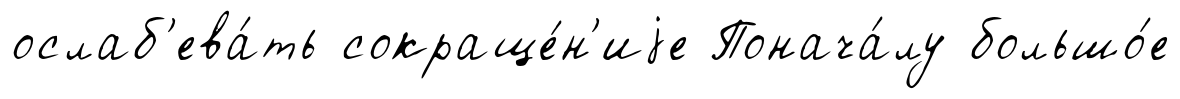
ослаб'ева́ть сокраще́н'иjе Понача́лу большо́е